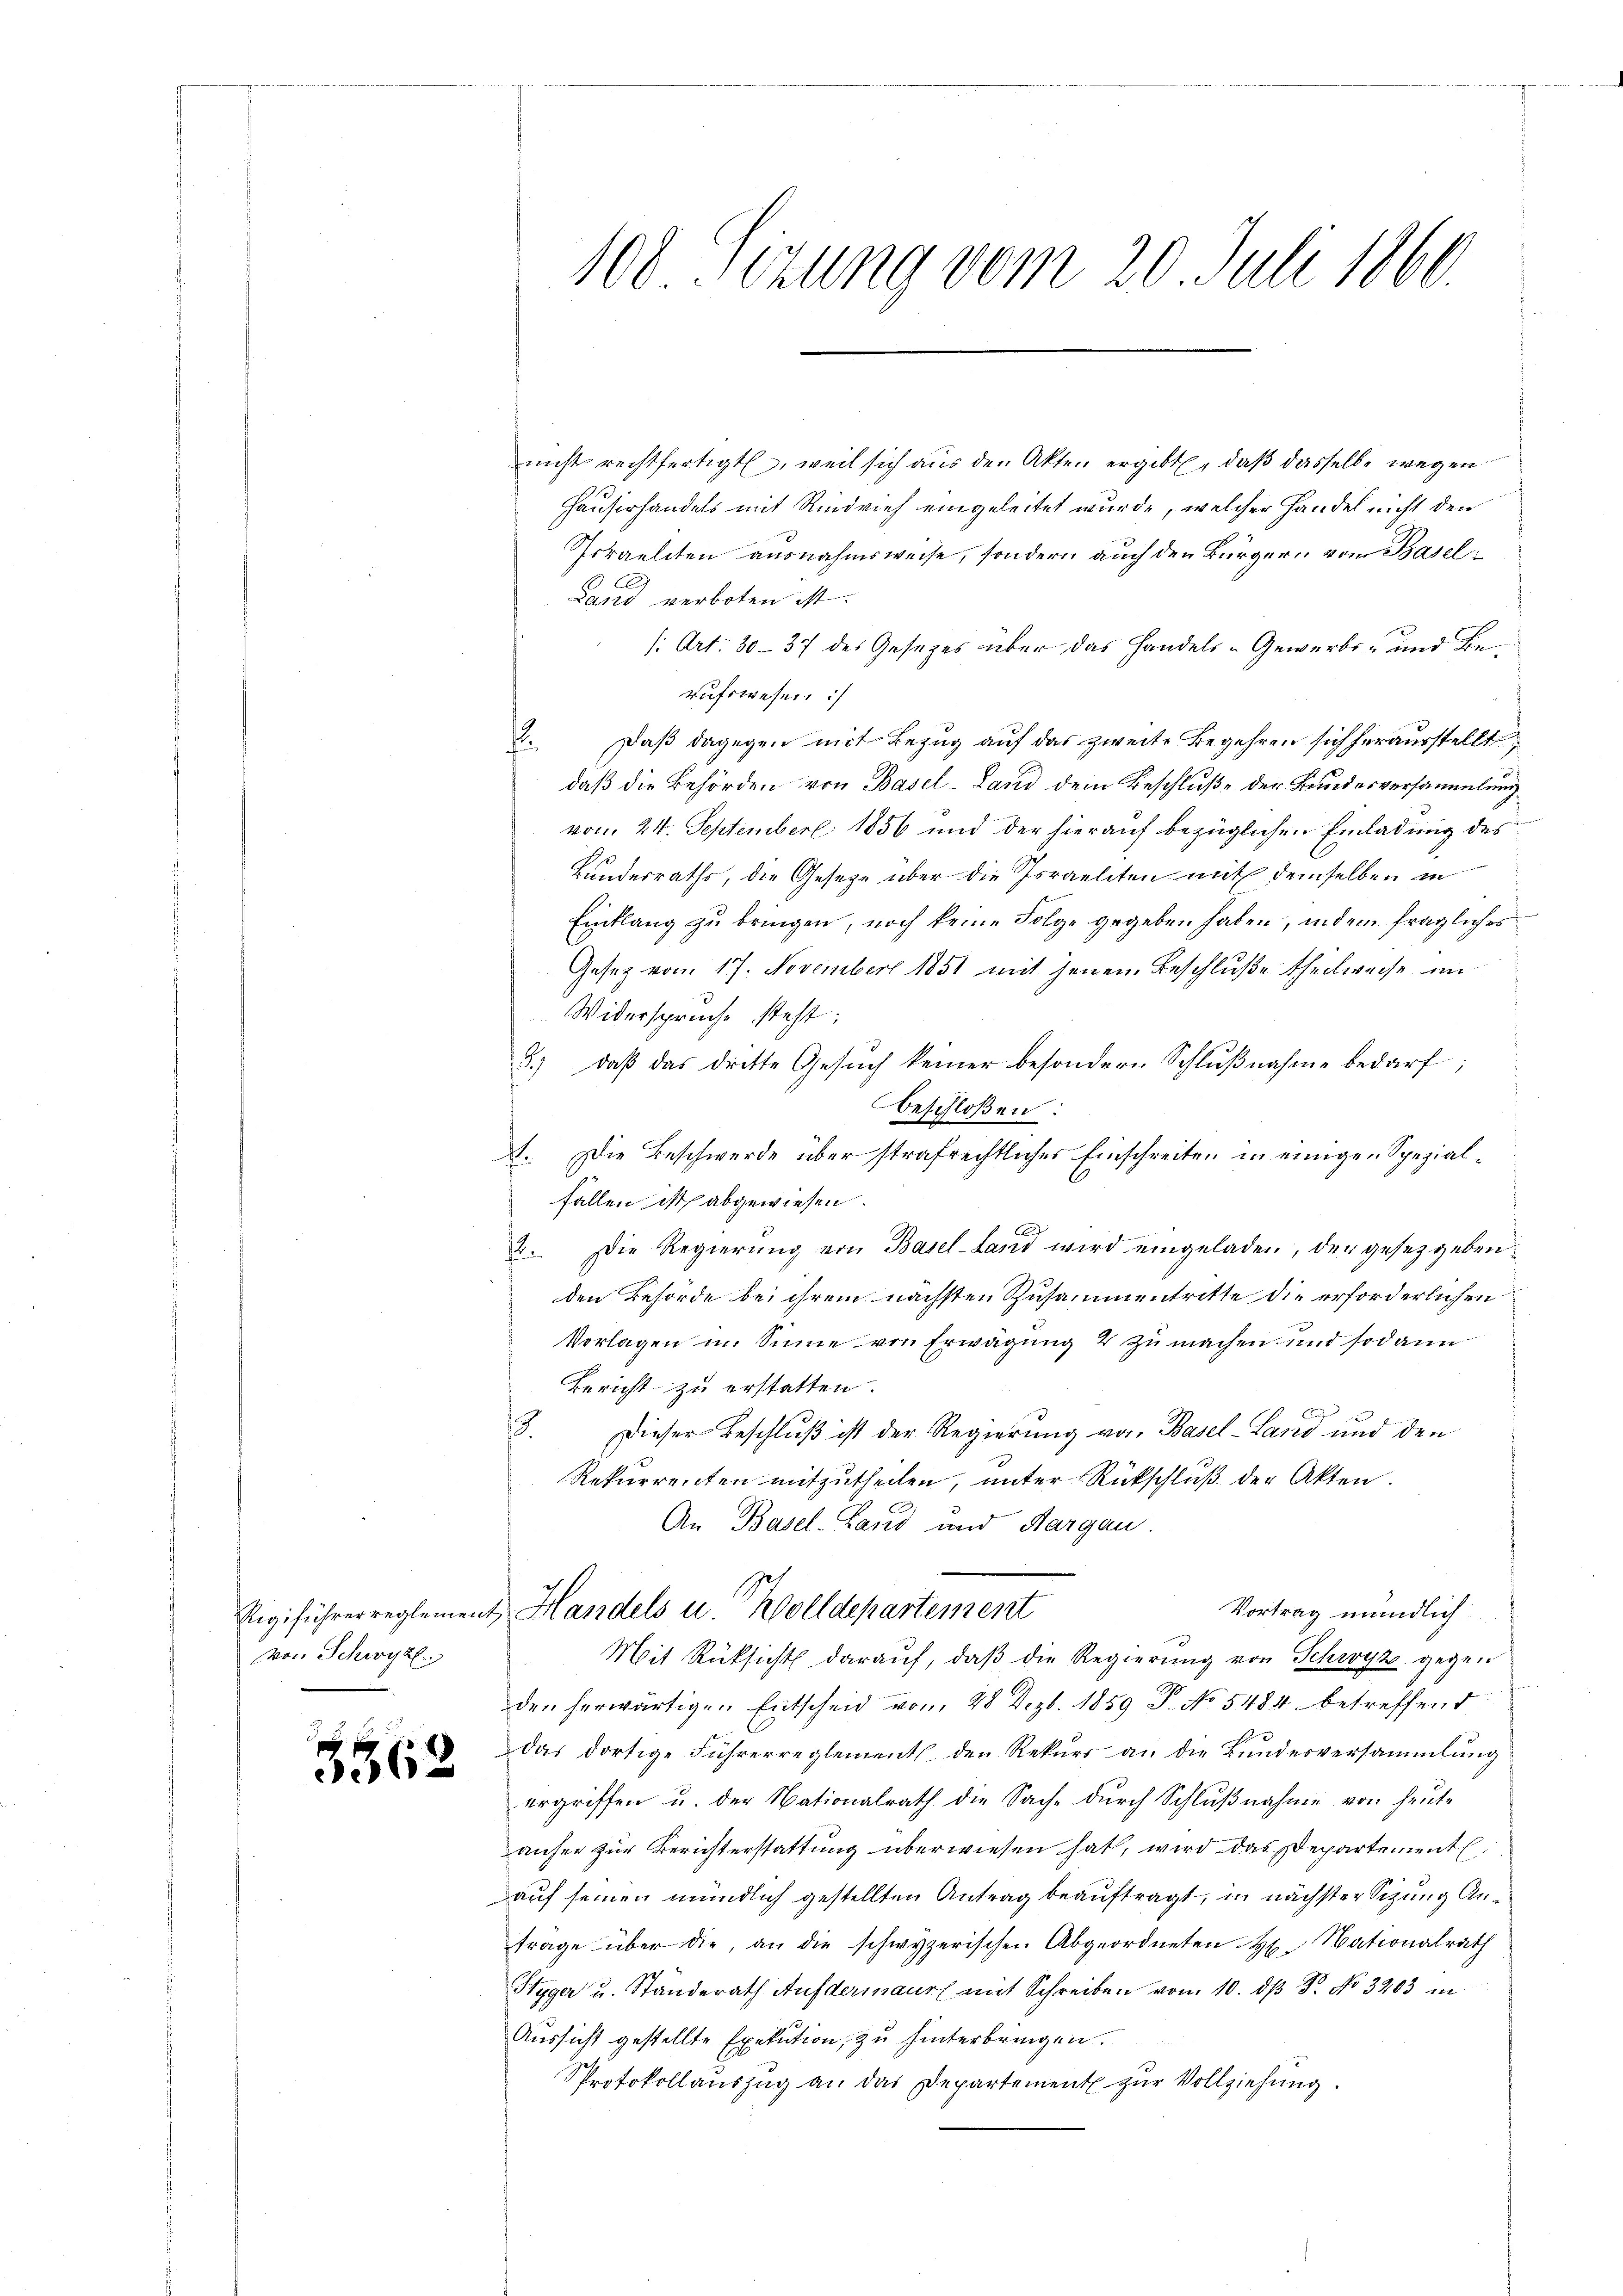
von Schwyz.
.

3562

100 Sizung vom 20. Juli 1860.

nicht rechtfertigt, weil sich aus den Akten ergibt, daß dasselbe wegen
Hauserhandels mit Rindvieh eingeleitet wurde, welcher Handel nicht den
Prraeliten ausnahmsweise, sondern auch den Bürgern vom Basel
Land verboten ist.
/: Art. 30-37 des Gesetzes über das Handels- Gewerbs- und Berufswesen :/
. Daß dagegen mit Bezug auf das zweite Begehren sich herausstellt;
daß die Behörden von Basel-Land dem Beschluße der Bundesversammlung
vom 24. September 1856 und der hierauf bezüglichen Einladung des
Bundesraths, die Gesetze über die Israeliten mit demselben in
Einklang zu bringen, noch keine Folge gegeben haben, indem fragliches
Gesetz vom 17. November 1851 mit jenem Beschluße theilweise in
Widersprüche steht:
3.) daβ das dritte Gesŭch keiner besondern Schlŭβnahme bedarf;
beschloßen:
A. Die Beschwerde über strafrechtliches Einschreiten in einigen Spezialfällen ist abgewiesen.
2. Die Regierŭng von Basel-Land wird eingeladen, der gesetzgeben
den Behörde bei ihrem nächsten Zusammentritte die erforderlichen
Vorlagen in Sinne von Erwägung 4 zu machen und sodann
Bericht zu erstatten.
3. Dieser Beschluß ist der Regierung von Basel-Land und den
Rekurrenten mitzutheilen, unter Rückschluß der Akten.
An Basel-Land und Aargau.
Vortrag mündlich:
Rigiführer reglement, Handels u. Wolldepartement
Mit Rücksicht daraŭf, daβ die Regierŭng von Schwyz gegen
den herwärtige Entscheid vom 28 Dezb. 1859 P. No 5484 betreffend
1
das dortige Führerreglement den Rekurs an die Bundesversammlung
ergriffen u. der Nationalrath die Sache durch Schlußnahme von heute
anher zur Berichterstattung überwiesen hat, wird das Departement
auf seinen mündlich gestellten Antrag beauftragt, in nächster Sizung Anfrage über die, an die schwyzerischen Abgeordneten H. Nationalrath
Styger u. Standerath Aufdermaur mit Schreiben von 10. dβ Dr. No 3203 in
Aussicht gestellte Exekution, zu hinterbringen.
Protokollauszug an das Departement zur Vollziehung.